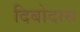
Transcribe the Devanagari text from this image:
दिबोदास